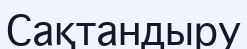
Сақтандыру